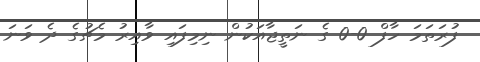
ފުރަތަމަ ހާފް 0-0 ގެ ނަތީޖާއަކުން ނިމިފައި ވާއިރު މެޗުގެ ދެ ވަނަ